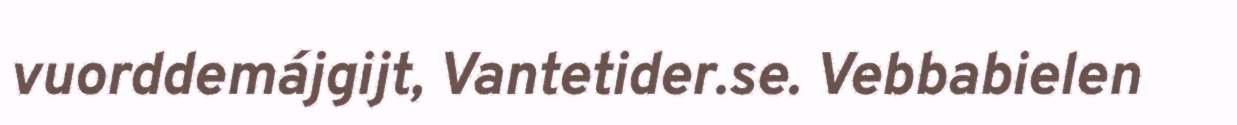
vuorddemájgijt, Vantetider.se. Vebbabielen